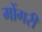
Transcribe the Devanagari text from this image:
मोंगरी